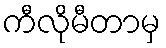
ကီလိုမီတာမှ